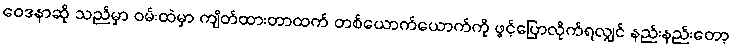
ဝေဒနာဆို သည်မှာ ဝမ်းထဲမှာ ကျိတ်ထားတာထက် တစ်ယောက်ယောက်ကို ဖွင့်ပြောလိုက်ရလျှင် နည်းနည်းတော့